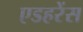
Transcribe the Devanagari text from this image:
एडहरेंस